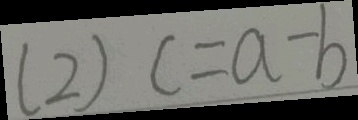
( 2 ) c = a - b